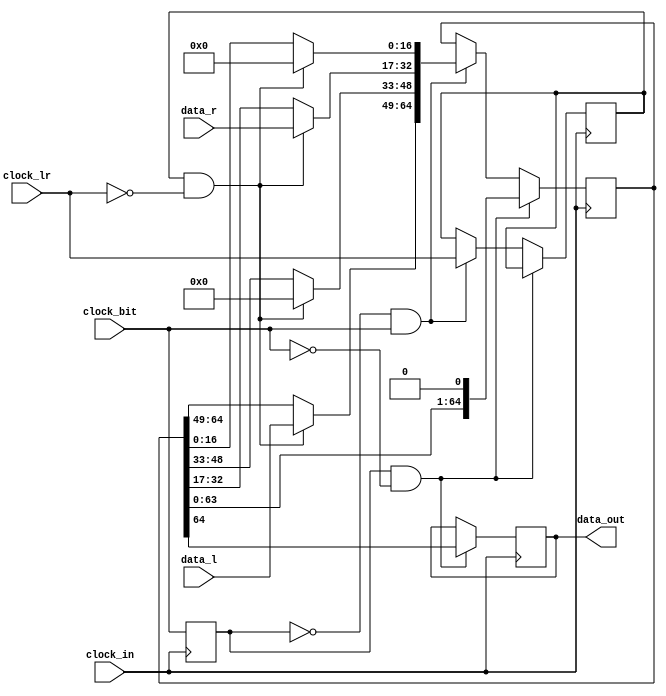
module i2s_p2s
    #(parameter bitNum = 16)
    (clock_in, clock_bit, clock_lr, data_out, data_l, data_r);
    input clock_in;
    input clock_bit;
    input clock_lr;
    output reg data_out;
    input [bitNum-1:0] data_l;
    input [bitNum-1:0] data_r;

    reg [64:0]data_lr65_tmp;
    reg prev_clock_lr;
    reg prev_clock_bit;


    always@(negedge clock_in)
    begin
        if (prev_clock_bit == 1 && clock_bit == 0) begin
            data_out = data_lr65_tmp[64];
            data_lr65_tmp = data_lr65_tmp << 1;
            end
        else if (prev_clock_bit == 0 && clock_bit == 1) begin
            if (prev_clock_lr == 1 && clock_lr == 0) begin
                data_lr65_tmp = 65'b0;
                begin
                    data_lr65_tmp[64:64-bitNum+1] <= data_l[bitNum-1:0];
                    data_lr65_tmp[32:32-bitNum+1] <= data_r[bitNum-1:0];
                end
            end
            prev_clock_lr = clock_lr;
            end
        prev_clock_bit = clock_bit;
    end

endmodule